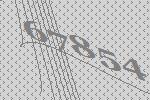
67854